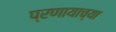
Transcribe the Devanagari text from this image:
प्रणायाच्या